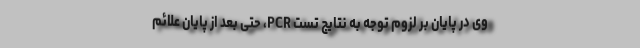
وی در پایان بر لزوم توجه به نتایج تست PCR، حتی بعد از پایان علائم